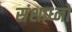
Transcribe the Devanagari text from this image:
संशाध्नो